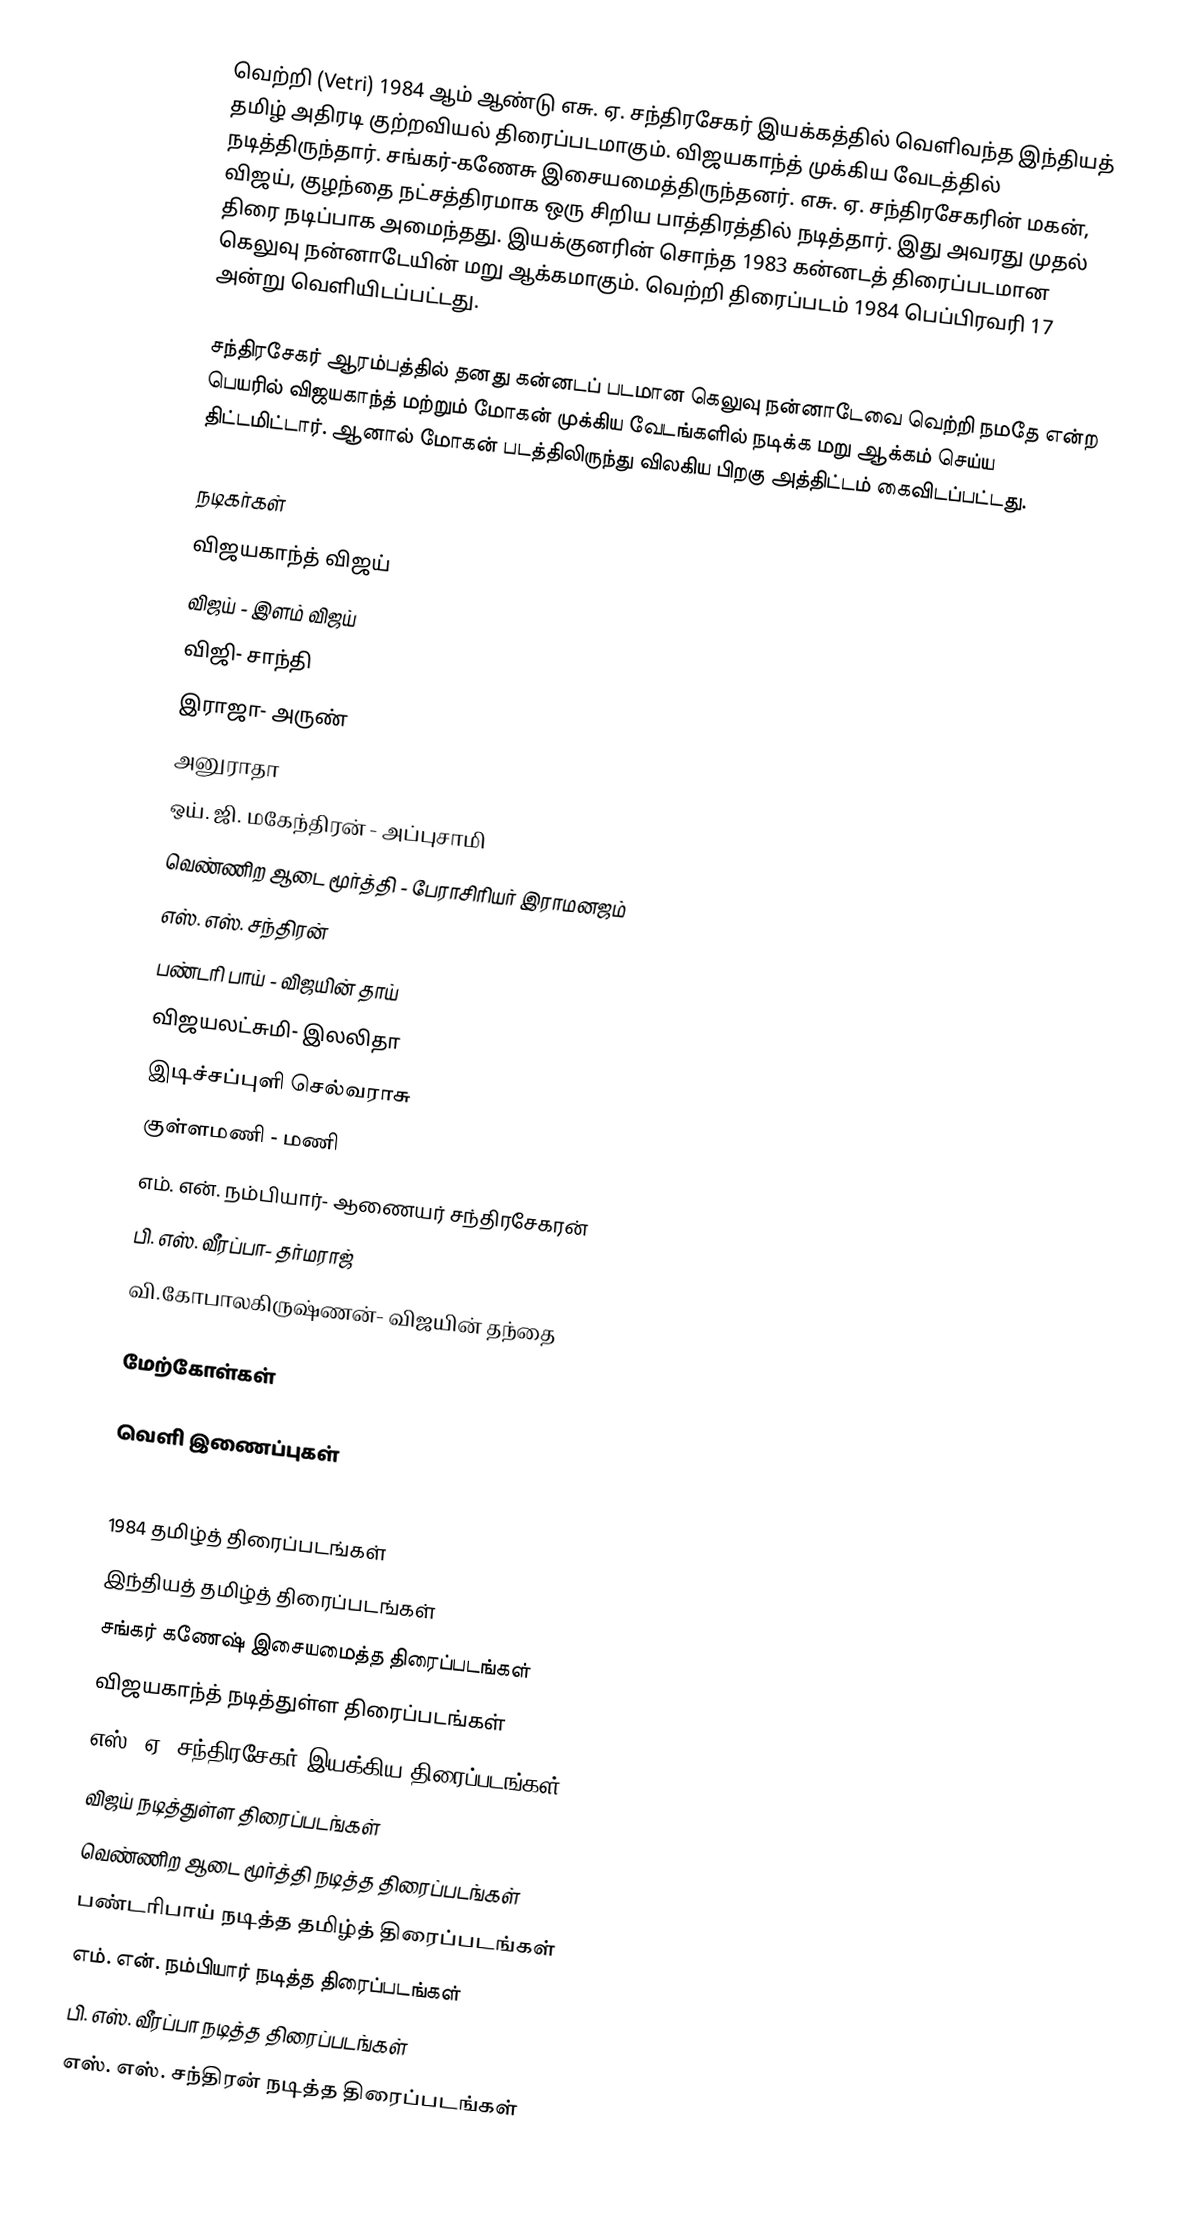
வெற்றி (Vetri) 1984 ஆம் ஆண்டு எசு. ஏ. சந்திரசேகர் இயக்கத்தில் வெளிவந்த இந்தியத் தமிழ் அதிரடி குற்றவியல் திரைப்படமாகும். விஜயகாந்த் முக்கிய வேடத்தில் நடித்திருந்தார். சங்கர்-கணேசு இசையமைத்திருந்தனர். எசு. ஏ. சந்திரசேகரின் மகன், விஜய், குழந்தை நட்சத்திரமாக ஒரு சிறிய பாத்திரத்தில் நடித்தார். இது அவரது முதல் திரை நடிப்பாக அமைந்தது. இயக்குனரின் சொந்த 1983 கன்னடத் திரைப்படமான கெலுவு நன்னாடேயின் மறு ஆக்கமாகும். வெற்றி திரைப்படம் 1984 பெப்பிரவரி 17 அன்று வெளியிடப்பட்டது.

சந்திரசேகர் ஆரம்பத்தில் தனது கன்னடப் படமான கெலுவு நன்னாடேவை வெற்றி நமதே என்ற பெயரில் விஜயகாந்த் மற்றும் மோகன் முக்கிய வேடங்களில் நடிக்க மறு ஆக்கம் செய்ய திட்டமிட்டார். ஆனால் மோகன் படத்திலிருந்து விலகிய பிறகு அத்திட்டம் கைவிடப்பட்டது.

நடிகர்கள்
 விஜயகாந்த் விஜய்
 விஜய் -  இளம் விஜய்
 விஜி- சாந்தி
 இராஜா- அருண்
 அனுராதா
 ஒய். ஜி. மகேந்திரன் - அப்புசாமி
 வெண்ணிற ஆடை மூர்த்தி - பேராசிரியர் இராமனஜம்
 எஸ். எஸ். சந்திரன்
 பண்டரி பாய் - விஜயின் தாய்
 விஜயலட்சுமி- இலலிதா
 இடிச்சப்புளி செல்வராசு
 குள்ளமணி - மணி
 எம். என். நம்பியார்- ஆணையர் சந்திரசேகரன்
 பி. எஸ். வீரப்பா- தர்மராஜ்
 வி.கோபாலகிருஷ்ணன்- விஜயின் தந்தை

மேற்கோள்கள்

வெளி இணைப்புகள்

1984 தமிழ்த் திரைப்படங்கள்
இந்தியத் தமிழ்த் திரைப்படங்கள்
சங்கர் கணேஷ் இசையமைத்த திரைப்படங்கள்
விஜயகாந்த் நடித்துள்ள திரைப்படங்கள்
எஸ். ஏ. சந்திரசேகர் இயக்கிய திரைப்படங்கள்
விஜய் நடித்துள்ள திரைப்படங்கள்
வெண்ணிற ஆடை மூர்த்தி நடித்த திரைப்படங்கள்
பண்டரிபாய் நடித்த தமிழ்த் திரைப்படங்கள்
எம். என். நம்பியார் நடித்த திரைப்படங்கள்
பி. எஸ். வீரப்பா நடித்த திரைப்படங்கள்
எஸ். எஸ். சந்திரன் நடித்த திரைப்படங்கள்